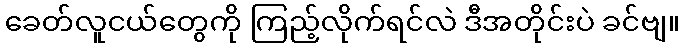
ခေတ်လူငယ်တွေကို ကြည့်လိုက်ရင်လဲ ဒီအတိုင်းပဲ ခင်ဗျ။